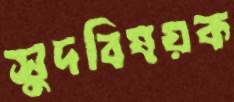
সুদবিষয়ক